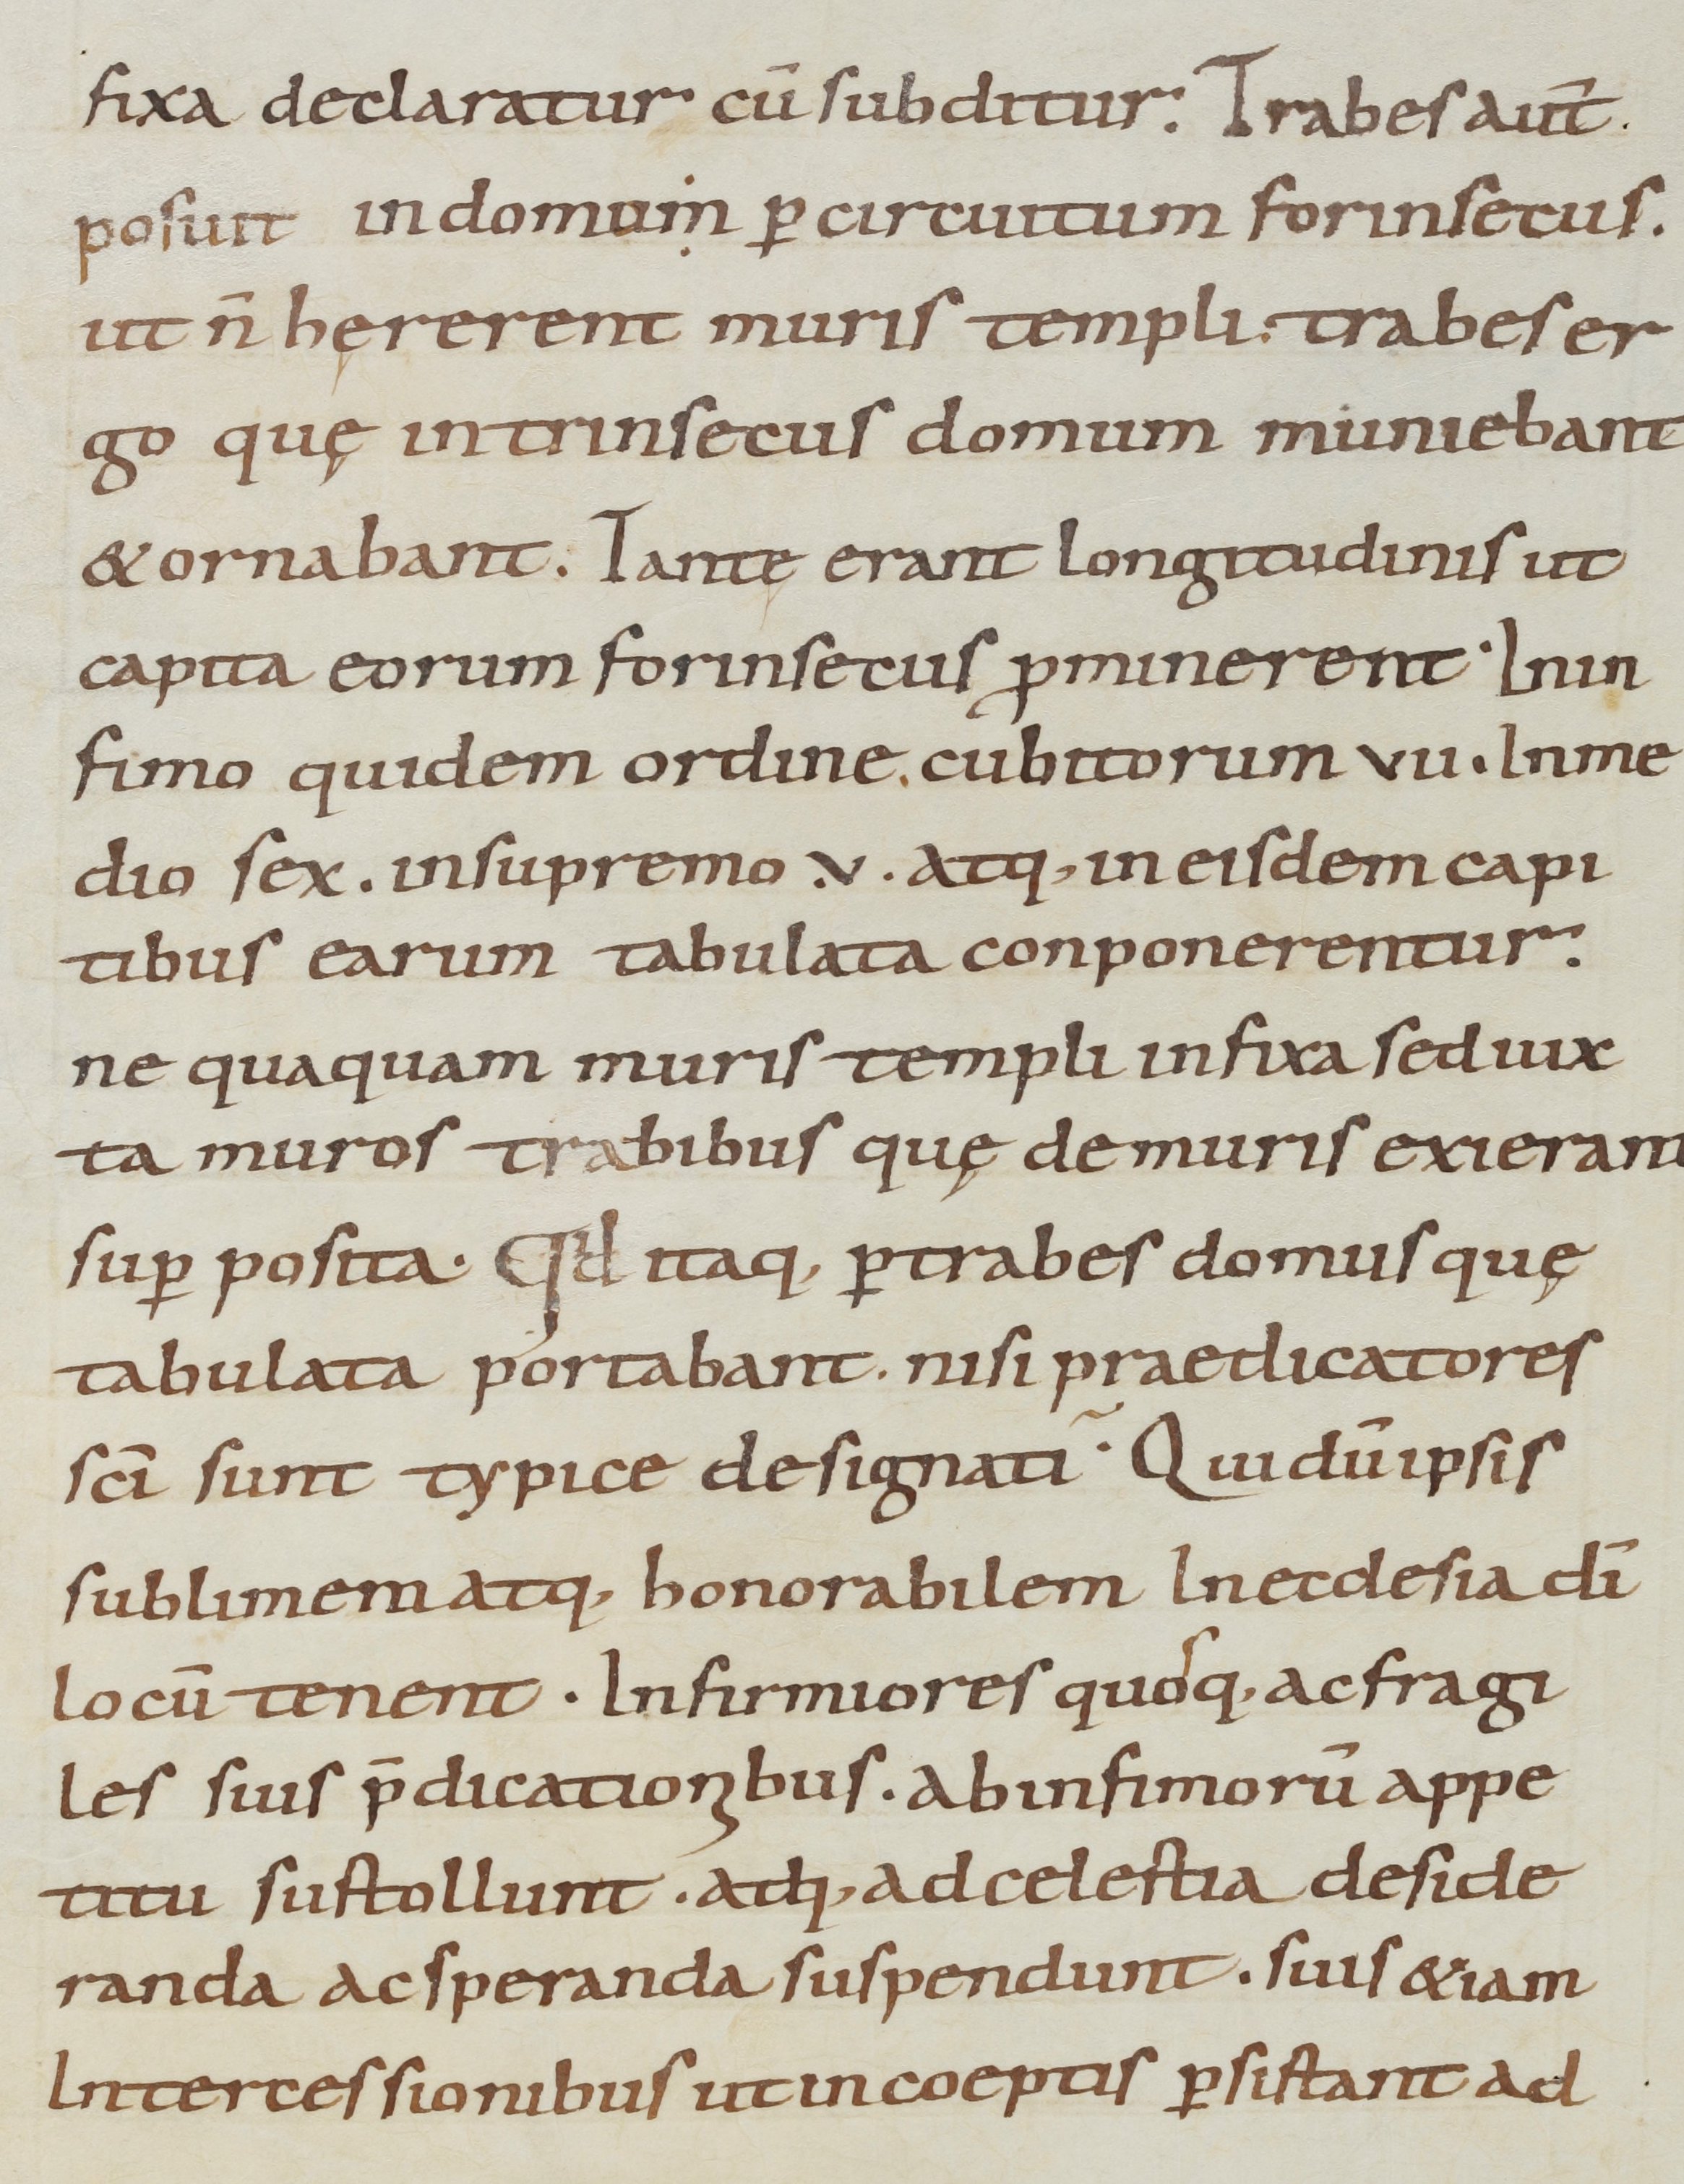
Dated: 800–899